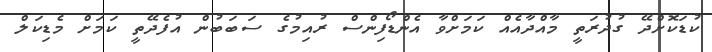
ކުޑަކޮށްދޭ ގުދުރަތީ މާއްދާއެއް ކަމަށްވާ އެންޑޯފިންސް ރުއިމުގެ ސަބަބުން އުފެދޭތީ ކަމަށް މެޑިކަލް